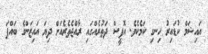
އައިޝަމް ކުޑައިރު ހިނގި ކަމެކެވެ. އޮފީސް ދަތުރެއްގައި ރާއްޖެތެރެއަށް ދިޔަ އައިޒަންގެ ބައްޕަ